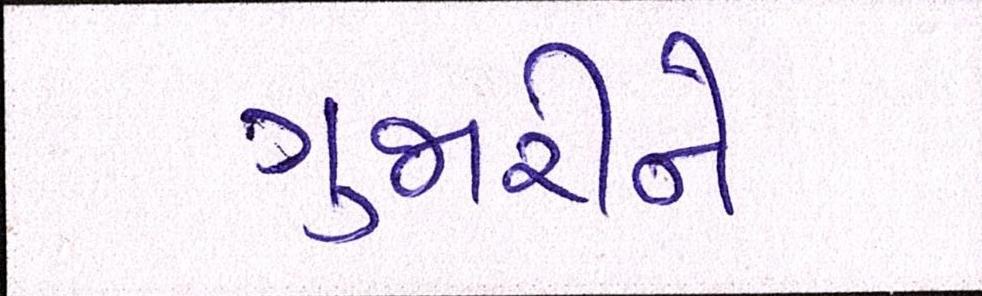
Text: ગુજારીને